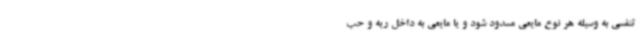
تنفسی به وسیله هر نوع مایعی مسدود شود و یا مایعی به داخل ریه و حب